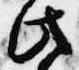
此